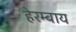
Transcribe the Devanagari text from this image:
हेरम्बाय